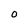
Character: 0